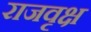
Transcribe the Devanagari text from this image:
राजवृक्ष